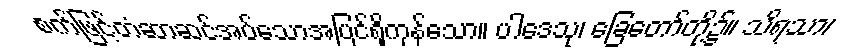
စက်ဖြင့်တံဆာဆင်အပ်သောအပြင်ရှိကုန်သော။ ပါဒေသု၊ ခြေတော်တို့၌။ သိရသာ၊